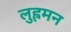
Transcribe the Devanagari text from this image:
लुह्रमन